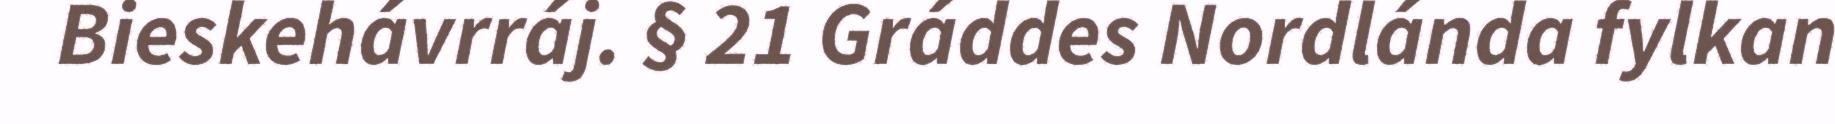
Bieskehávrráj. § 21 Gráddes Nordlánda fylkan